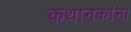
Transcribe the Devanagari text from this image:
कथानकांना